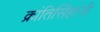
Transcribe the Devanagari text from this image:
क्रांतिसिंहांनी